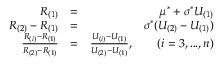
\begin{array} { r l r } { R _ { ( 1 ) } } & { = } & { \mu ^ { * } + \sigma ^ { * } U _ { ( 1 ) } } \\ { R _ { ( 2 ) } - R _ { ( 1 ) } } & { = } & { \sigma ^ { * } ( U _ { ( 2 ) } - U _ { ( 1 ) } ) } \\ { \frac { R _ { ( i ) } - R _ { ( 1 ) } } { R _ { ( 2 ) } - R _ { ( 1 ) } } } & { = } & { \frac { U _ { ( i ) } - U _ { ( 1 ) } } { U _ { ( 2 ) } - U _ { ( 1 ) } } , \qquad ( i = 3 , . . . , n ) } \end{array}